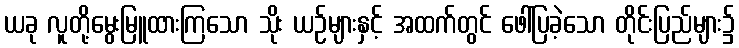
ယခု လူတို့မွေးမြူထားကြသော သိုး ယဉ်များနှင့် အထက်တွင် ဖေါ်ပြခဲ့သော တိုင်းပြည်များ၌